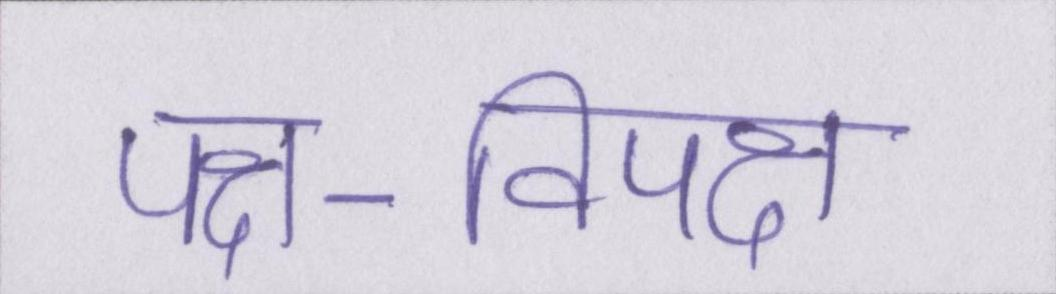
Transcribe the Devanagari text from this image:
पक्ष-विपक्ष